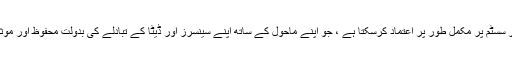
ایک ٹرک ڈرائیور اپنے ٹرک کے کمپیوٹر سسٹم پر مکمل طور پر اعتماد کرسکتا ہے ، جو اپنے ماحول کے ساتھ اپنے سینسرز اور ڈیٹا کے تبادلے کی بدولت محفوظ اور موثر انداز میں اپنی منزل کی طرف جاتا ہے۔